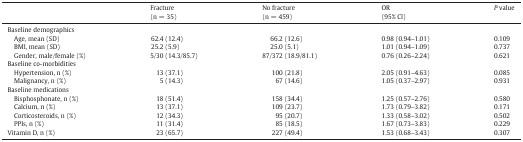
<table><thead><tr><td></td><td><b>Fracture(n = 35)</b></td><td><b>No fracture(n = 459)</b></td><td><b>OR(95% CI)</b></td><td><b><i>P</i> value</b></td></tr></thead><tbody><tr><td>Baseline demographics</td><td></td><td></td><td></td><td></td></tr><tr><td> Age, mean (SD)</td><td>62.4 (12.4)</td><td>66.2 (12.6)</td><td>0.98 (0.94–1.01)</td><td>0.109</td></tr><tr><td> BMI, mean (SD)</td><td>25.2 (5.9)</td><td>25.0 (5.1)</td><td>1.01 (0.94–1.09)</td><td>0.737</td></tr><tr><td> Gender, male/female (%)</td><td>5/30 (14.3/85.7)</td><td>87/372 (18.9/81.1)</td><td>0.76 (0.26–2.24)</td><td>0.621</td></tr><tr><td>Baseline co-morbidities</td><td></td><td></td><td></td><td></td></tr><tr><td> Hypertension, n (%)</td><td>13 (37.1)</td><td>100 (21.8)</td><td>2.05 (0.91–4.63)</td><td>0.085</td></tr><tr><td> Malignancy, n (%)</td><td>5 (14.3)</td><td>67 (14.6)</td><td>1.05 (0.37–2.97)</td><td>0.931</td></tr><tr><td>Baseline medications</td><td></td><td></td><td></td><td></td></tr><tr><td> Bisphosphonate, n (%)</td><td>18 (51.4)</td><td>158 (34.4)</td><td>1.25 (0.57–2.76)</td><td>0.580</td></tr><tr><td> Calcium, n (%)</td><td>13 (37.1)</td><td>109 (23.7)</td><td>1.73 (0.79–3.82)</td><td>0.171</td></tr><tr><td> Corticosteroids, n (%)</td><td>12 (34.3)</td><td>95 (20.7)</td><td>1.33 (0.58–3.02)</td><td>0.502</td></tr><tr><td> PPIs, n (%)</td><td>11 (31.4)</td><td>85 (18.5)</td><td>1.67 (0.73–3.83)</td><td>0.229</td></tr><tr><td>Vitamin D, n (%)</td><td>23 (65.7)</td><td>227 (49.4)</td><td>1.53 (0.68–3.43)</td><td>0.307</td></tr></tbody></table>